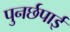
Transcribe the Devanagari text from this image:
पुनर्छपाई